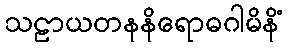
သဠာယတနနိရောဓဂါမိနိံ